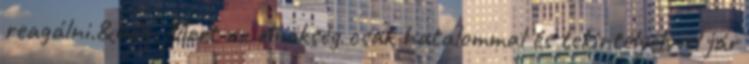
reagálni.&bdq. Mert az elnökség csak hatalommal és tekintélyelvvel jár